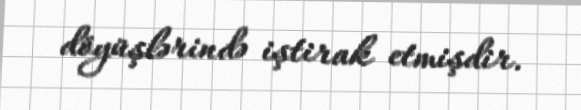
döyüşlərində iştirak etmişdir.